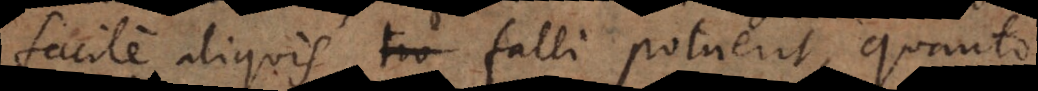
facile aliquis falli potuerit, quanto